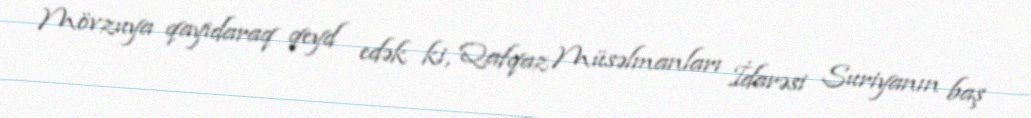
Mövzuya qayıdaraq qeyd edək ki, Qafqaz Müsəlmanları İdarəsi Suriyanın baş